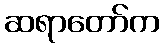
ဆရာတော်က